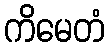
ကိမေတံ